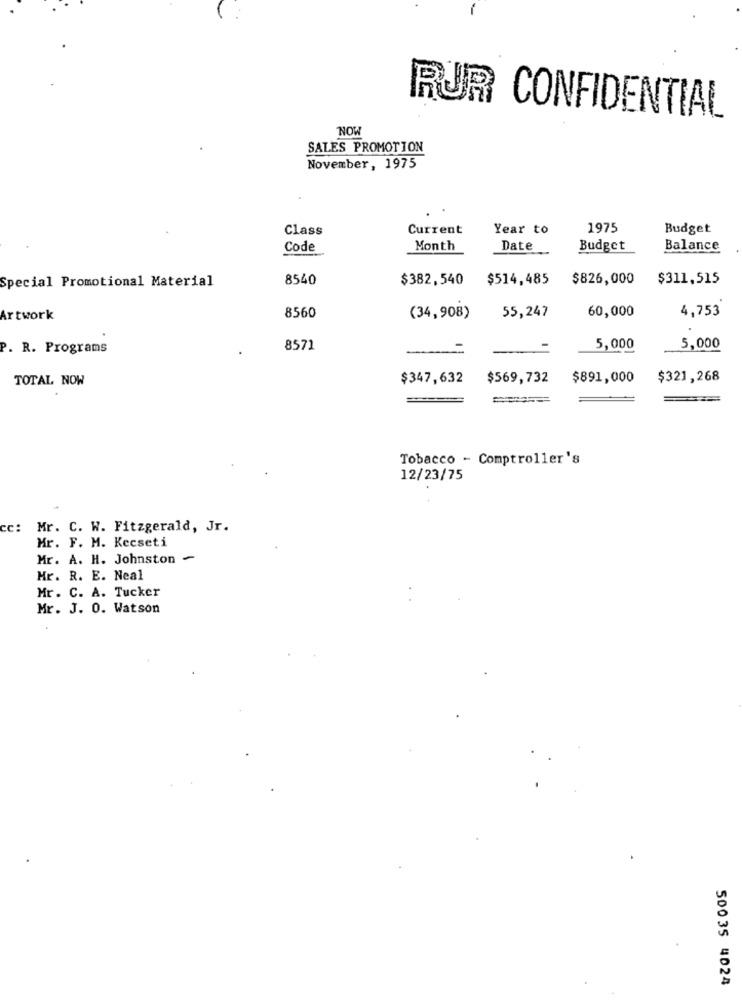
RUR CONFIDENTIAL
NOW
SALES PROMOTION
November, 1975
Class
Current
Year to
1975
Budget
Code
Month
Date
Budget
Balance
Special Promotional Material
8540
$382,540
$514,485
$826,000
$311,515
60,000
4,753
Artwork
8560
(34,908)
55,247
P. R. Programs
8571
5,000
5,000
TOTAL NOW
$347,632
$569,732
$891,000
$321,268
Tobacco - Comptroller's
12/23/75
cc:
Mr. C. W. Fitzgerald, Jr.
Mr. F. M. Kecseti
Mr. A. H. Johnston ~
Mr. R. E. Neal
Mr. C. A. Tucker
Mr. J. 0. Watson
50035 4024